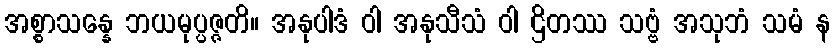
အစ္စာသန္နေ ဘယမုပ္ပဇ္ဇတိ။ အနုပါဒံ ဝါ အနုသီသံ ဝါ ဌိတဿ သဗ္ဗံ အသုဘံ သမံ န